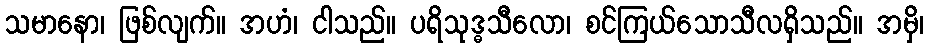
သမာနော၊ ဖြစ်လျက်။ အဟံ၊ ငါသည်။ ပရိသုဒ္ဓသီလော၊ စင်ကြယ်သောသီလရှိသည်။ အမှိ၊